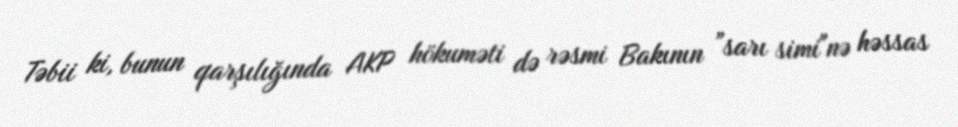
Təbii ki, bunun qarşılığında AKP hökuməti də rəsmi Bakının ”sarı simi"nə həssas